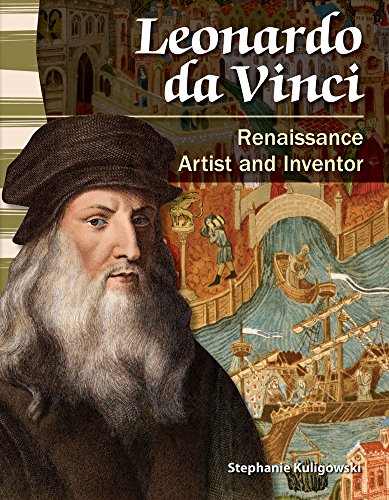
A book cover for Leonardo da Vinci: Renaissance Artist and Inventor (Primary Source Readers); Stephanie Kuligowski; Children's Books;